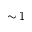
\sim 1